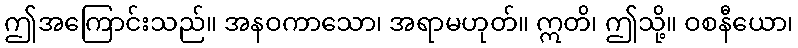
ဤအကြောင်းသည်။ အနဝကာသော၊ အရာမဟုတ်။ ဣတိ၊ ဤသို့။ ဝစနီယော၊